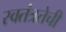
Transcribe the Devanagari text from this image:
स्वतंत्रतेची